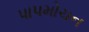
પાપમોચન